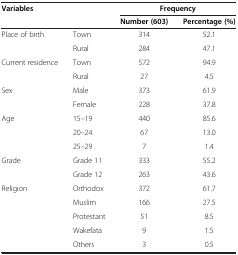
| <COLSPAN=2> Variables | <COLSPAN=2> Frequency |
 |  |  | Number (603) | Percentage (%) |
 | --- | --- | --- | --- |
 | <ROWSPAN=2> Place of birth | Town | 314 | 52.1 |
 | Rural | 284 | 47.1 |
 | <ROWSPAN=2> Current residence | Town | 572 | 94.9 |
 | Rural | 27 | 4.5 |
 | <ROWSPAN=2> Sex | Male | 373 | 61.9 |
 | Female | 228 | 37.8 |
 | <ROWSPAN=3> Age | 15–19 | 440 | 85.6 |
 | 20–24 | 67 | 13.0 |
 | 25–29 | 7 | 1.4 |
 | <ROWSPAN=2> Grade | Grade 11 | 333 | 55.2 |
 | Grade 12 | 263 | 43.6 |
 | <ROWSPAN=4> Religion | Orthodox | 372 | 61.7 |
 | Muslim | 166 | 27.5 |
 | Protestant | 51 | 8.5 |
 | Wakefata | 9 | 1.5 |
 |  | Others | 3 | 0.5 |